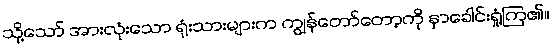
သို့သော် အားလုံးသော ရုံးသားများက ကျွန်တော်တော့ကို နှာခေါင်းရှုံ့ကြ၏။